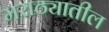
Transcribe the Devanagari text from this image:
मराठ्यातील